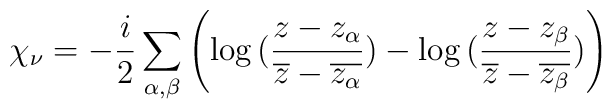
\chi_{\nu} = -\frac{i}{2} \sum_{\alpha , \beta} \left( \log{(\frac{z-z_{\alpha}}{\overline{z} -\overline{z_{\alpha}}})} - \log{(\frac{z-z_{\beta}}{\overline{z} -\overline{z_{\beta}}})} \right)